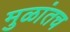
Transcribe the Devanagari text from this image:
मुळांतच